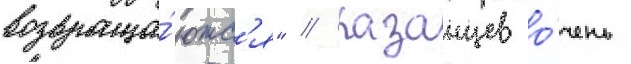
возвраща́ютс'я" // Казанцев о́чень